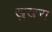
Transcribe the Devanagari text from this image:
खुखरा